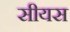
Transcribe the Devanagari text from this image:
सीयस